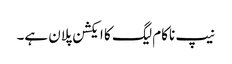
نیپ ناکام لیگ کا ایکشن پلان ہے۔